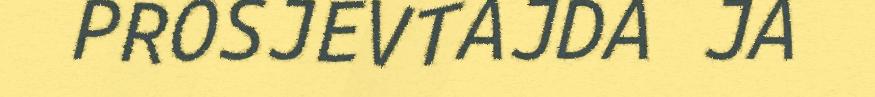
PROSJEVTAJDA JA